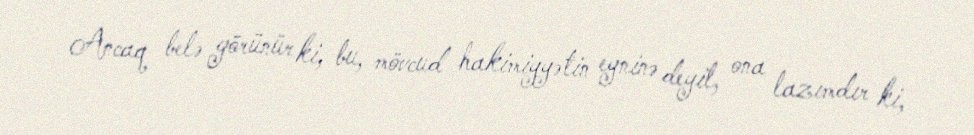
Ancaq belə görünür ki, bu, mövcud hakimiyyətin eyninə deyil, ona lazımdır ki,